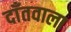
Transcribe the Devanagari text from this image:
दाँतवाला